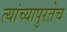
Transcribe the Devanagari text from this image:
त्यांच्यापुरतेच